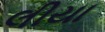
લીયા